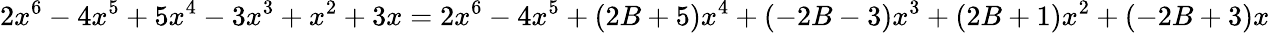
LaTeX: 2x^{6}-4x^{5}+5x^{4}-3x^{3}+x^{2}+3x=2x^{6}-4x^{5}+(2B+5)x^{4}+(-2B-3)x^{3}+(2B+1)x^{2}+(-2B+3)x